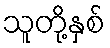
သူတို့နှစ်